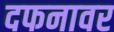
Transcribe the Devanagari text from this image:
दफनावर